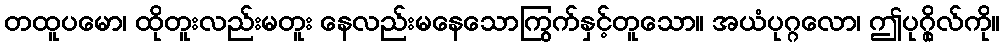
တထူပမော၊ ထိုတူးလည်းမတူး နေလည်းမနေသောကြွက်နှင့်တူသော။ အယံပုဂ္ဂလော၊ ဤပုဂ္ဂိုလ်ကို။